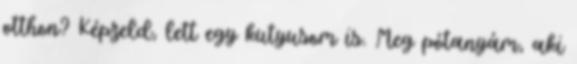
otthon? Képzeld, lett egy kutyusom is. Meg pótanyám, aki